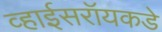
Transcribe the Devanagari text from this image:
व्हाईसरॉयकडे